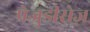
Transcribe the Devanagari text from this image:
प्रेजुडीसेज़